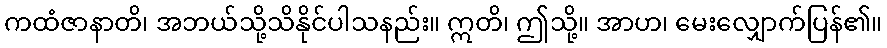
ကထံဇာနာတိ၊ အဘယ်သို့သိနိုင်ပါသနည်း။ ဣတိ၊ ဤသို့။ အာဟ၊ မေးလျှောက်ပြန်၏။